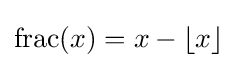
\operatorname {frac} (x)=x-\lfloor x\rfloor